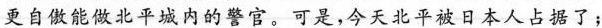
更自傲能做北平癌内的警官。可是，今天北平被日本人占据了；